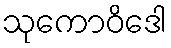
သုကောဝိဒေါ